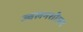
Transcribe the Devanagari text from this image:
ज्वलनशीलन